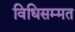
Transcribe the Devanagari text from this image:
विधिसम्‍मत